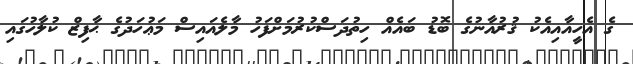
ގެ އެހީއާއިއެކު ޤުރުއާނުގެ ބޮޑު ބައެއް ހިތުދަސްކުރުމަށްފަހު މާލެއައިސް މަޢުހަދުގެ ޙާފިޒް ކުލާހުގައި